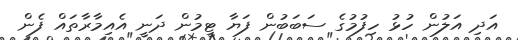
އަދި އަލުން ހުޅު ހިފުމުގެ ސަބަބުން ފަޔާ ޓީމުން ދަނީ އެއިމާރާތައް ފެން